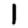
Digit: 1